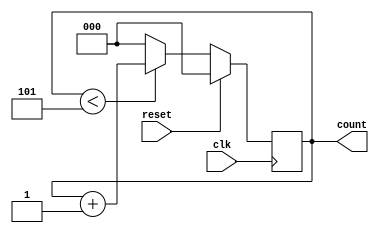
// ________________________________________________________
// MOD-6 Counter...........................................
// ________________________________________________________

module Mod6_Counter(count,clk,reset);
  
  output reg[2:0] count;
  input clk, reset;
  
  
  always @(negedge clk)
    begin
      if(reset)
        count=0;
        
      else if(count<5)
        count=count+1;
      
      else
        count=0;
    end
endmodule